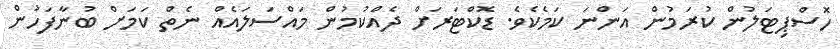
ހޮސްޕިޓަލުން ކުރަމުން އަންނަ ކަމެކެވެ. ޑޮކްޓަރަށް ދެއްކުމުން މައްސަލައެއް ނެތް ކަމަށް ބުނާފަހުން